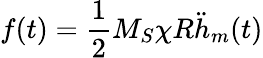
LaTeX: f(t)=\frac 12M_{S}\chi R\ddot{h}_{m}(t)